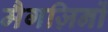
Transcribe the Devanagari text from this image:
मैगज़िनों